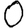
Digit: 0